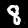
Digit: 8